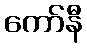
ကော်နီ